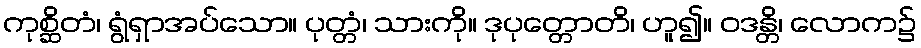
ကုစ္ဆိတံ၊ ရွံရှာအပ်သော။ ပုတ္တံ၊ သားကို။ ဒုပုတ္တောတိ၊ ဟူ၍။ ဝဒန္တိ၊ လောက၌